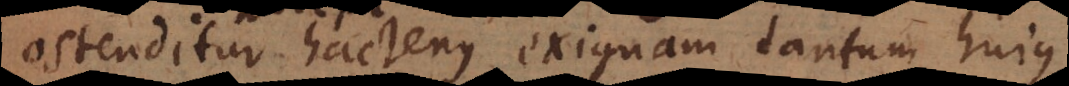
hactenus exiguam tantum hujus